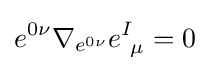
e^{0\nu }\nabla _{e^{0\nu }}e_{~\mu }^{I}=0